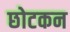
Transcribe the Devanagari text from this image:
छोटकन